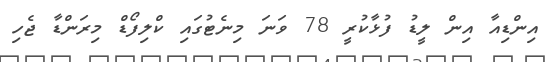
އިންޑިއާ އިން ލީޑު ފުޅާކުރީ 78 ވަނަ މިނެޓުގައި ކްލިފޯޑް މިރަންޑާ ޖެހި